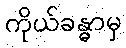
ကိုယ်ခန္ဓာမှ